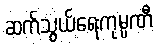
ဆက်သွယ်ရေးကုမ္ပဏီ